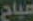
مباح